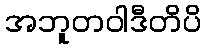
အဘူတဝါဒီတိပိ